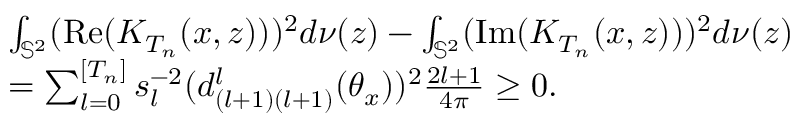
\begin{array} { r l } & { \int _ { \mathbb { S } ^ { 2 } } ( \mathrm { R e } ( K _ { T _ { n } } ( x , z ) ) ) ^ { 2 } d \nu ( z ) - \int _ { \mathbb { S } ^ { 2 } } ( \mathrm { I m } ( K _ { T _ { n } } ( x , z ) ) ) ^ { 2 } d \nu ( z ) } \\ & { = \sum _ { l = 0 } ^ { [ T _ { n } ] } s _ { l } ^ { - 2 } ( d _ { ( l + 1 ) ( l + 1 ) } ^ { l } ( \theta _ { x } ) ) ^ { 2 } \frac { 2 l + 1 } { 4 \pi } \geq 0 . } \end{array}